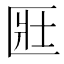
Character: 匨